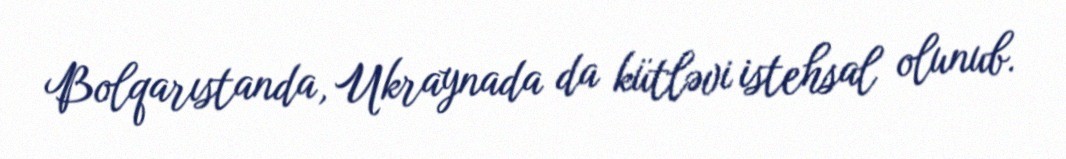
Bolqarıstanda, Ukraynada da kütləvi istehsal olunub.